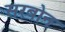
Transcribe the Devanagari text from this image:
सरबोन